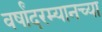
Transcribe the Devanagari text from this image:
वर्षांदरम्यानच्या